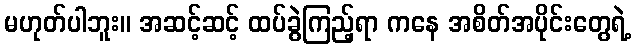
မဟုတ်ပါဘူး။ အဆင့်ဆင့် ထပ်ခွဲကြည့်ရာ ကနေ အစိတ်အပိုင်းတွေရဲ့